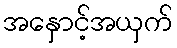
အနှောင့်အယှက်